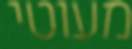
מעוטי